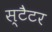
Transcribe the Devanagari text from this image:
स्टैटर